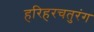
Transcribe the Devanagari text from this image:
हरिहरचतुरंग